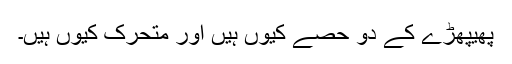
پھیپھڑے کے دو حصے کیوں ہیں اور متحرک کیوں ہیں۔